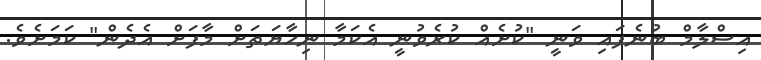
އިސްލާމް ބުނެފައި ވަނީ "ކުށެއް ކުރެވުނީ އެކަމާ ނިހާޔަތަށް މާފަށް އެދެެން" ކަމަށެވެ.